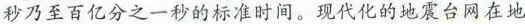
秒乃至百亿分之一秒的标准时间。现代化的地震台网在地